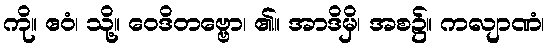
ကို။ ဧဝံ၊ သို့။ ဝေဒိတဗ္ဗော၊ ၏။ အာဒိမှိ၊ အစ၌။ ကလျာဏံ၊